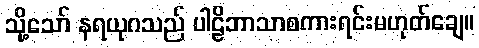
သို့သော် နရယုဂသည် ပါဠိဘာသာစကားရင်းမဟုတ်ချေ။